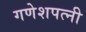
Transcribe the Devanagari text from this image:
गणेशपत्नी